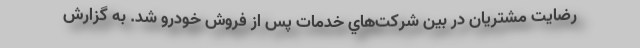
رضایت مشتریان در بين شركت‌هاي خدمات پس از فروش خودرو شد. به گزارش